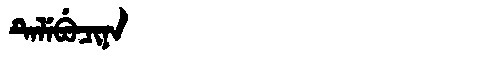
Manchu: ᡨᡝᠯᡝᠪᡠᠴᡳᠨᠠ
Romanization: TELEBUCINA